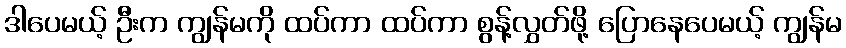
ဒါပေမယ့် ဦးက ကျွန်မကို ထပ်ကာ ထပ်ကာ စွန့်လွှတ်ဖို့ ပြောနေပေမယ့် ကျွန်မ